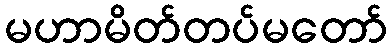
မဟာမိတ်တပ်မတော်